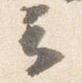
云